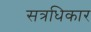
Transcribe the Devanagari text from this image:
सत्रधिकार